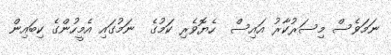
ނަމަވެސް މިސަރުކާރު އައިސް  ހެޔޮވެރި ކަމުގެ  ނަމުގައި އެމީހުންގެ ކިބައިން